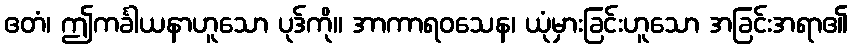
ဧတံ၊ ဤကင်္ခါယနာဟူသော ပုဒ်ကို။ အာကာရဝသေန၊ ယုံမှားခြင်းဟူသော အခြင်းအရာ၏